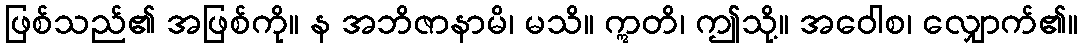
ဖြစ်သည်၏ အဖြစ်ကို။ န အဘိဇာနာမိ၊ မသိ။ ဣတိ၊ ဤသို့။ အဝေါစ၊ လျှောက်၏။